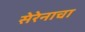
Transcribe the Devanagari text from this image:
सेरेनाचा